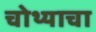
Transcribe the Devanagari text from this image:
चोथ्याचा